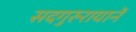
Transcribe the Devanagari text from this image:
सदगुरुरायानें